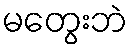
မတွေးဘဲ